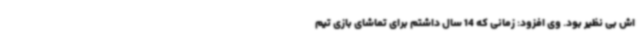
اش بی نظیر بود. وی افزود: زمانی که 14 سال داشتم برای تماشای بازی تیم